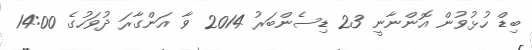
ބިޑް ހުޅުވުން އޮންނާނީ 23 ޑިސެންބަރު 2014 ވާ އަންގާރަ ދުވަހުގެ 14:00